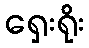
ရှေးရိုး